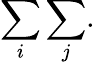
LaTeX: \sum_{i}\sum_{j}.